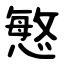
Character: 慜